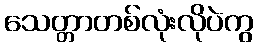
သေတ္တာတစ်လုံးလိုပဲကွ